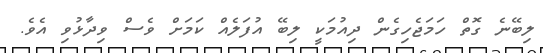
ލިބޭނެ ގޮތް ހަމަޖެހިގެން ދިއުމަކީ ލިބޭ އުފަލެއް ކަމަށް ވެސް ވިދާޅުވި އެވެ.